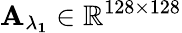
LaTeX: \mathbf{A_{\lambda_{1}}}\in\mathbb{R}^{128\times 128}